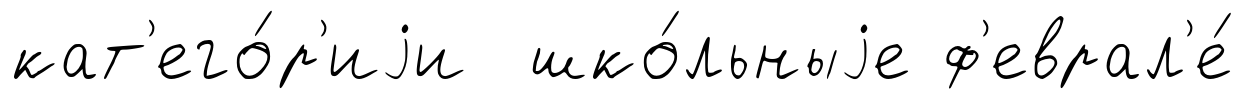
кат'его́р'иjи шко́льныjе ф'еврал'е́